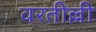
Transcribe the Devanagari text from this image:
वरतील्ली